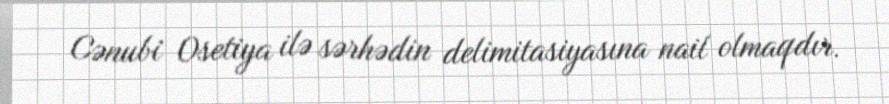
Cənubi Osetiya ilə sərhədin delimitasiyasına nail olmaqdır.